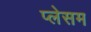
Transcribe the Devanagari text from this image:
प्लेसम